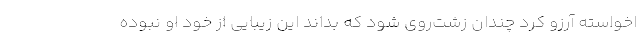
اخواسته آرزو کرد چندان زشت‌روی شود که بداند این زیبایی از خود او نبوده